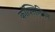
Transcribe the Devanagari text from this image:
कॉक्सिनियम